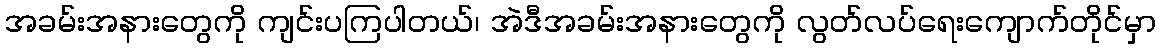
အခမ်းအနားတွေကို ကျင်းပကြပါတယ်၊ အဲဒီအခမ်းအနားတွေကို လွတ်လပ်ရေးကျောက်တိုင်မှာ